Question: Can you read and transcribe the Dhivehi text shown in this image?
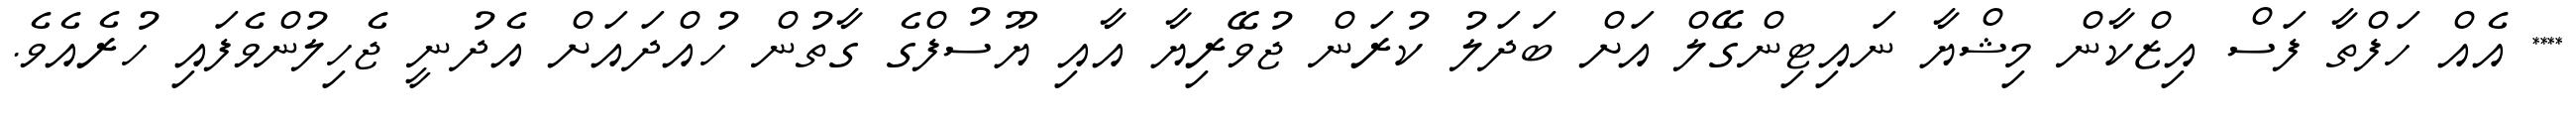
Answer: **** އެއް ހަފްތާ ފަސް އިޒްކާން މިޝްޔާ ނައިޓިންގޭލް އަށް ބަދަލު ކުރަން ޖުވޭރިޔާ އާއި ޔޫސުފްގެ ގާތުން ހުއްދައަށް އެދުނީ ޖެހިލުންވެފައި ހުރެއެވެ.